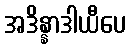
အဒိန္နာဒါယီပေ